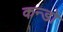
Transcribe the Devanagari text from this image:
कन्डो